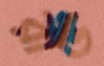
রীড